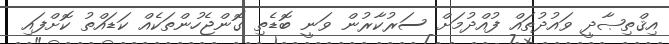
އިޤްތިޞާދީ ވައުދުތައް ފުއްދުމަށް ސަރުކާރުން ވަނީ ބޮޑެތި ގޮންޖެހުންތަކެއް ކަޑައްތު ކޮށްފައި